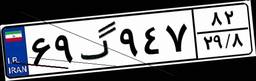
۶۹گ۹۴۷۸۲